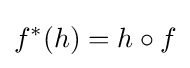
f^{*}(h)=h\circ f